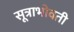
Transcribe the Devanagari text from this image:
सूत्राभोवती